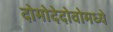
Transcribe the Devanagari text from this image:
दोमोदेदोवोमध्ये